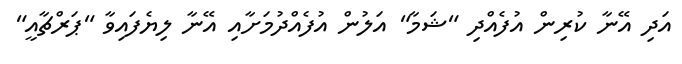
އަދި އޭނާ ކުރިން އުފެއްދި "ޝަމާ" އަލުން އުފެއްދުމަށާއި އޭނާ ލިޔެފައިވާ "ޕަރްޗާއީ"